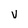
Character: V